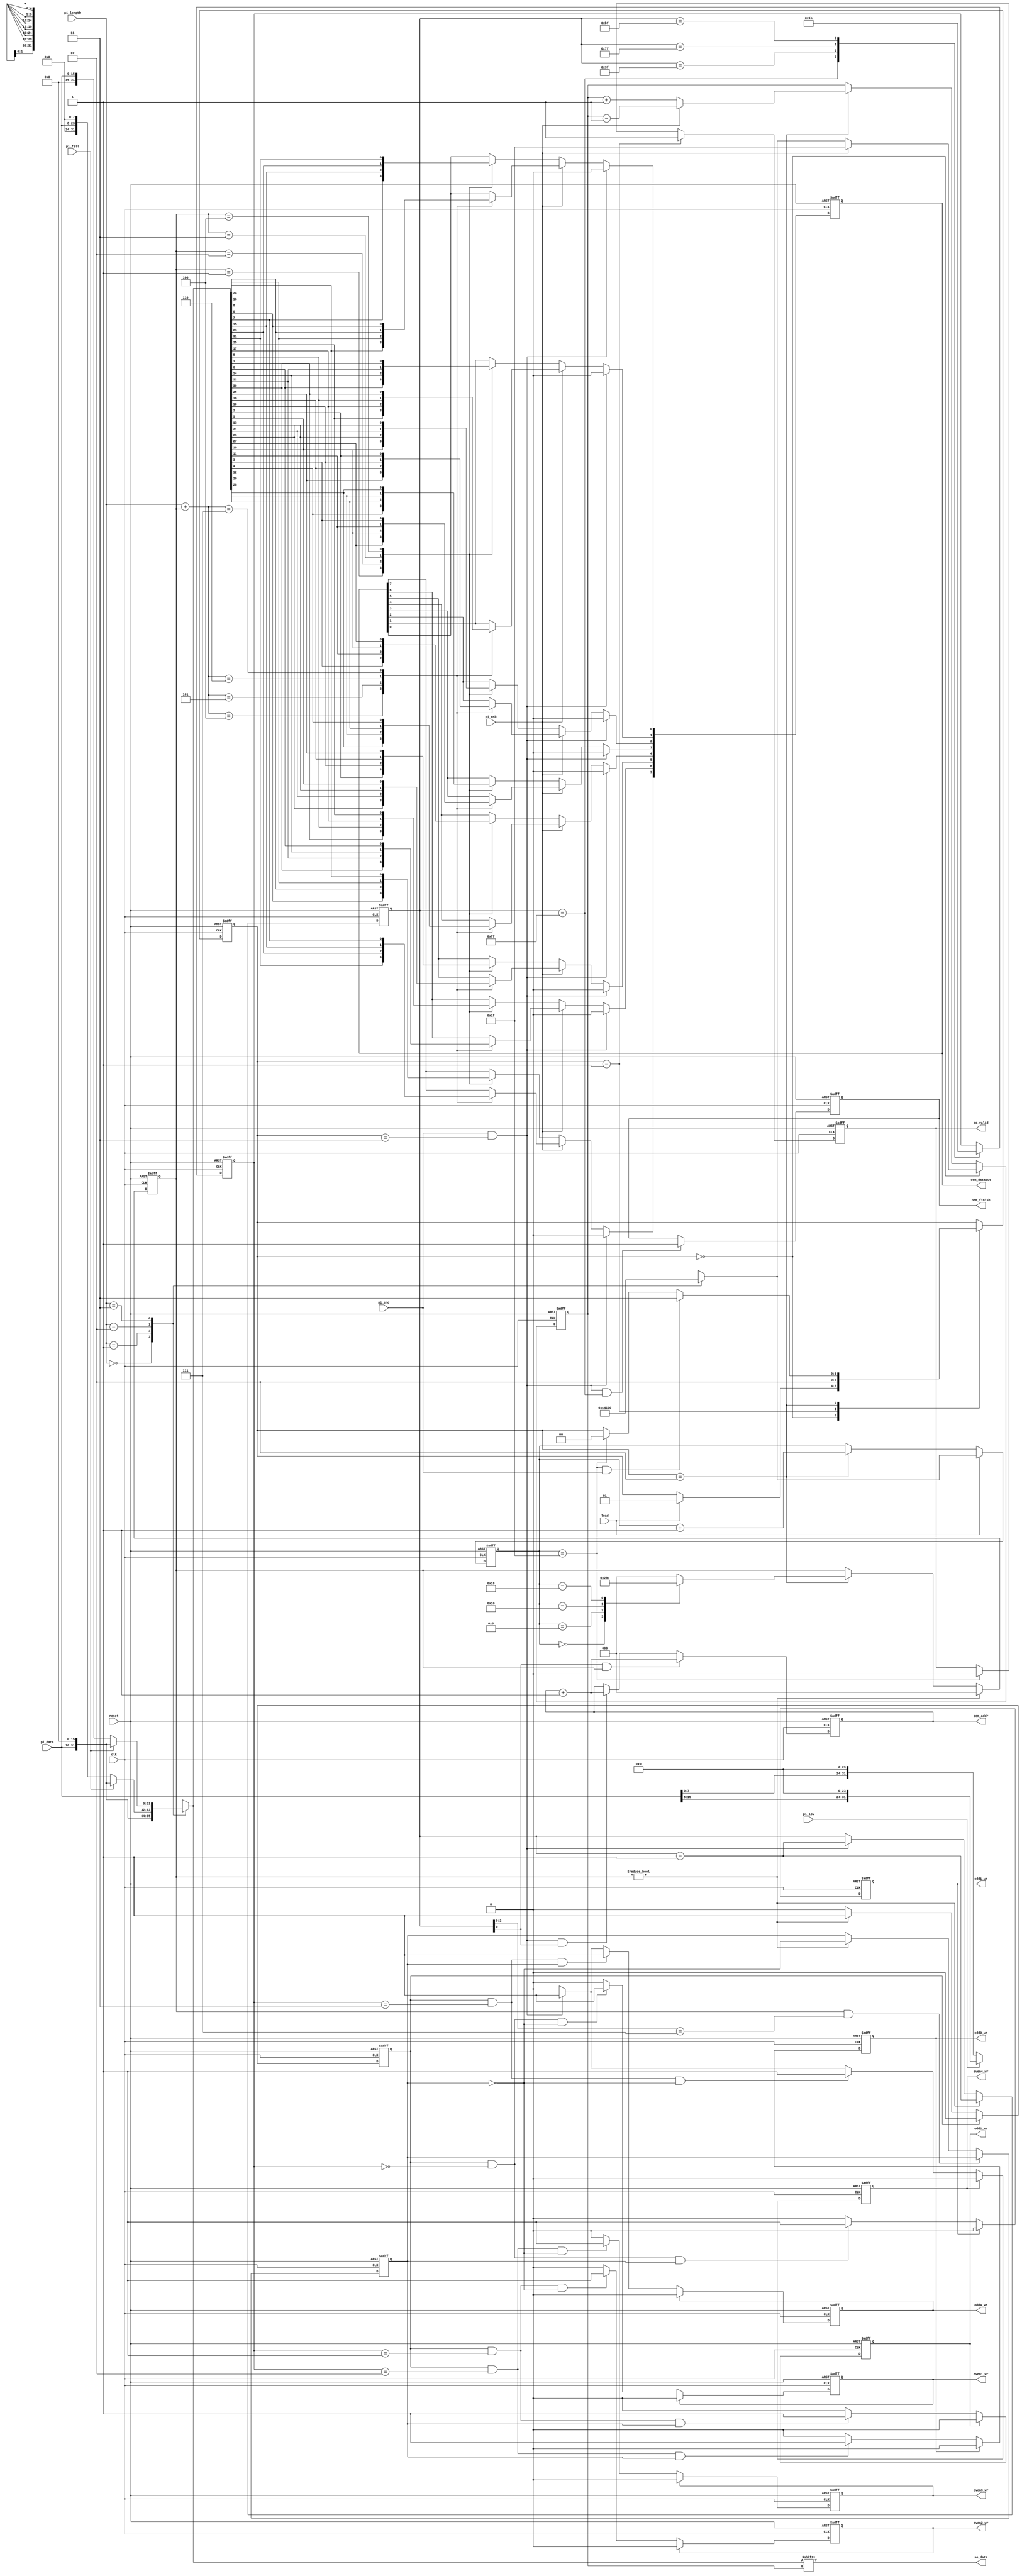
module STI_DAC(clk ,reset, load, pi_data, pi_length, pi_fill, pi_msb, pi_low, pi_end,
	       so_data, so_valid,
	       oem_finish, oem_dataout, oem_addr,
	       odd1_wr, odd2_wr, odd3_wr, odd4_wr, even1_wr, even2_wr, even3_wr, even4_wr);

input		clk, reset;
input		load, pi_msb, pi_low, pi_end; 
input	[15:0]	pi_data;
input	[1:0]	pi_length;
input		pi_fill;
output		so_data, so_valid;

output  oem_finish, odd1_wr, odd2_wr, odd3_wr, odd4_wr, even1_wr, even2_wr, even3_wr, even4_wr;
output [4:0] oem_addr;
output [7:0] oem_dataout;

//==============================================================================
wire so_data;
reg	so_valid;

reg  oem_finish, odd1_wr, odd2_wr, odd3_wr, odd4_wr, even1_wr, even2_wr, even3_wr, even4_wr;
reg [4:0] oem_addr;
reg [7:0] oem_dataout;

reg [31:0] data_buf;
reg [ 4:0] data_buf_i;
reg [ 4:0] serial_cnt;

reg [1:0]st;
assign so_data = data_buf[data_buf_i];

wire remain;
assign remain = pi_end && st == 2'd3;

always@(posedge clk or posedge reset)begin
	if(reset)
		st <= 2'd0;
	else begin
		case(st)
			2'd0://IDLE
				if(load)
				st <= 2'd1;
			2'd1://LOAD
				st <= 2'd2;
			2'd2://OUTPUT
				if(serial_cnt == 5'd31 && pi_end)
				st <= 2'd3;
				else if(serial_cnt == 5'd31)
				st <= 2'd0;
			2'd3://FINISH
				st <= st;
			default:
				st <= 2'd0;
		endcase
	end
end


always@(posedge clk or posedge reset)
begin
	if(reset) 
		so_valid <= 1'd0;
	else if(st == 2'd1) 
		so_valid <= 1'd1;
	else if(serial_cnt == 5'd31)
		so_valid <= 1'd0;
end

always@(*)begin
	case(pi_length)
	
	// 8bits
	2'b00:
		data_buf[31:0] = (pi_low) ? {pi_data[15:8], 24'd0} : {pi_data[7:0], 24'd0};
	
	//16bits
	2'b01:
		data_buf[31:0] = {pi_data[15:0],16'd0};
	
	//24bits	
	2'b10:
		data_buf[31:0] = (pi_fill) ? {pi_data[15:0], 16'd0} : {8'd0, pi_data[15:0], 8'd0};

	//32bits
	2'b11:
		data_buf[31:0] = (pi_fill) ? {pi_data[15:0], 16'd0} : {16'd0, pi_data[15:0]};

	default:
		data_buf = 32'd0;
	endcase
	
end
always@(posedge clk or posedge reset)begin

	if(reset)
		serial_cnt <= 5'd0;
	else if(load)begin
		case(pi_length)
			2'b00:
				serial_cnt <= 5'd24;//cnt 8
			2'b01:
				serial_cnt <= 5'd16;//cnt 16
			2'b10: 
				serial_cnt <= 5'd8;//cnt 24
			2'b11: 
				serial_cnt <= 5'd0;//cnt32
		endcase
	end
	else if(st == 2'd2) 
		serial_cnt <= serial_cnt + 5'd1;
	
end

always@(posedge clk or posedge reset)
begin
	if(reset)
		data_buf_i <= 5'd0;
	else if(st == 2'd0)
	begin
		if(pi_msb) 
			data_buf_i <= 5'd31;
		else
		begin
			case(pi_length)
			2'b00: 
				data_buf_i <= 5'd24;
			2'b01: 
				data_buf_i <= 5'd16; 
			2'b10:
				data_buf_i <= 5'd8;
			2'b11:
				data_buf_i <= 5'd0;
			endcase
		end
	end
	else if(st == 2'd2)
	begin
		if(pi_msb) 
			data_buf_i <= data_buf_i - 5'd1;
		else 
			data_buf_i <= data_buf_i + 5'd1;
	end
	
end

reg [2:0]write;

always@(posedge clk or posedge reset)begin
	if(reset)
		write <= 1'd0;
	else if(write)
		write <= 1'd0;
	
	else if(st == 2'd2)begin
		case(serial_cnt)
			5'd0:
				write <= 3'd1;
			5'd8:
				write <= 3'd2;
			5'd16:
				write <= 3'd3;
			5'd24:
				write <= 3'd4;
			default:
				write <= 3'd0;
		endcase
	end
end

wire [2:0]four_sub_write;
assign four_sub_write = pi_length + write;
integer i;
always@(posedge clk or posedge reset)begin

	if(reset)
		oem_dataout <= 8'd0;
	else if(remain)
		oem_dataout <= 8'd0;
	else if(pi_msb)begin
		case(four_sub_write)
			3'd4:
				oem_dataout <= data_buf[31:24];
			3'd5:
				oem_dataout <= data_buf[23:16];
			3'd6:
				oem_dataout <= data_buf[15: 8];
			3'd7:
				oem_dataout <= data_buf[ 7: 0];
		endcase
	end
	
	else if(~pi_msb)begin
		case(write)
			3'd1:
			begin
				for(i=0 ; i <8 ;i=i+1)
					oem_dataout[i] <= data_buf[7-i];
			end
				//oem_dataout <= data_buf[ 0:7];
			3'd2:
			begin
				for(i=0 ; i <8 ;i=i+1)
					oem_dataout[i] <= data_buf[15-i];
			end
				//oem_dataout <= data_buf[ 8:15];
			3'd3://ok
			begin
				for(i=0 ; i <8 ;i=i+1)
					oem_dataout[i] <= data_buf[23-i];
			end
				//oem_dataout <= data_buf[16:23];
			3'd4:
			begin
				for(i=0 ; i <8 ;i=i+1)
					oem_dataout[i] <= data_buf[31-i];
			end
				//oem_dataout <= data_buf[24:31];
		endcase
	end
	
end

reg [7:0] m_addr;

always@(posedge clk or posedge reset)begin
	if(reset)
		m_addr <= 8'd255;
	else if(write)
		m_addr <= m_addr +1;
	else if(remain)
		m_addr <= m_addr +1;
end
reg two_row;
reg sw;

always@(posedge clk or posedge reset)begin //EVEN -E  ODD -O
	if(reset)
		sw <= 1'b1;
	else if(write && m_addr[2:0]==3'b111)
		sw <= sw;
	else if(write)
		sw <= ~sw;
end

reg [1:0] memory_num;

always@(posedge clk or posedge reset)begin
	if(reset)
		memory_num <= 2'd0;
		
	else begin
		case(m_addr)
			8'd255:
				memory_num <= 2'd0;
			8'd63:
				memory_num <= 2'd1;
			8'd127:
				memory_num <= 2'd2;
			8'd191:
				memory_num <= 2'd3;
		endcase	
	end	
end

reg wr;

always@(posedge clk or posedge reset)begin
	if(reset)
		oem_addr <= 5'd31;
	else if(m_addr[0] && write)
		oem_addr <= oem_addr +1;
	else if(remain && m_addr[0])
		oem_addr <= oem_addr +1;
end


always@(posedge clk or posedge reset)begin
	if(reset)
		wr <= 1'b0;
	else if(wr)
		wr <= 1'b0;
	else if(write)
		wr <= 1'b1;
end

//OM
always@(posedge clk or posedge reset)begin
	if(reset)
		odd1_wr <= 1'b0;
	else if(odd1_wr)
		odd1_wr <= 1'b0;
	else if(wr && memory_num==0 && sw)
		odd1_wr <= 1'b1;
	else
		odd1_wr <= 1'b0;
end

always@(posedge clk or posedge reset)begin
	if(reset)
		odd2_wr <= 1'b0;
	else if(odd2_wr)
		odd2_wr <= 1'b0;
	else if(wr && memory_num==1 && sw)
		odd2_wr <= 1'b1;
	else
		odd2_wr <= 1'b0;
end

always@(posedge clk or posedge reset)begin
	if(reset)
		odd3_wr <= 1'b0;
	else if(odd3_wr)
		odd3_wr <= 1'b0;
	else if(wr && memory_num==2 && sw)
		odd3_wr <= 1'b1;
	else
		odd3_wr <= 1'b0;
end

always@(posedge clk or posedge reset)begin
	if(reset)
		odd4_wr <= 1'b0;
	else if(odd4_wr)
		odd4_wr <= 1'b0;	
	else if(wr && memory_num==3 && sw)
		odd4_wr <= 1'b1;
	else if(remain)
		odd4_wr <= 1'b1;
	else
		odd4_wr <= 1'b0;
end

//EM
always@(posedge clk or posedge reset)begin
	if(reset)
		even1_wr <= 1'b0;
	else if(even1_wr)
		even1_wr <= 1'b0;
	else if(wr && memory_num==0 && ~sw)
		even1_wr <= 1'b1;
	else
		even1_wr <= 1'b0;
end

always@(posedge clk or posedge reset)begin
	if(reset)
		even2_wr <= 1'b0;
	else if(even2_wr)
		even2_wr <= 1'b0;
	else if(wr && memory_num==1 && ~sw)
		even2_wr <= 1'b1;
	else
		even2_wr <= 1'b0;
end

always@(posedge clk or posedge reset)begin
	if(reset)
		even3_wr <= 1'b0;
	else if(even3_wr)
		even3_wr <= 1'b0;
	else if(wr && memory_num==2 && ~sw)
		even3_wr <= 1'b1;
		
	else
		even3_wr <= 1'b0;	
end

always@(posedge clk or posedge reset)begin
	if(reset)
		even4_wr <= 1'b0;
	else if(even4_wr)
		even4_wr <= 1'b0;
	else if(wr && memory_num==3 && ~sw)
		even4_wr <= 1'b1;
	else if(remain)
		even4_wr <= 1'b1;
	else
		even4_wr <= 1'b0;
end

always@(posedge clk or posedge reset)begin
	if(reset)
		oem_finish <= 1'b0;
	else if(remain && m_addr == 8'd255)
		oem_finish <= 1'b1;
end

endmodule